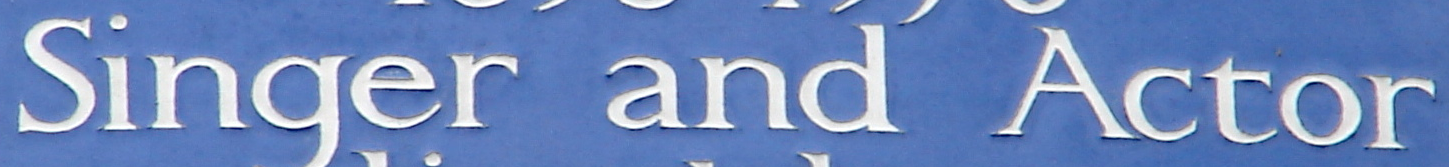
Singer and Actor